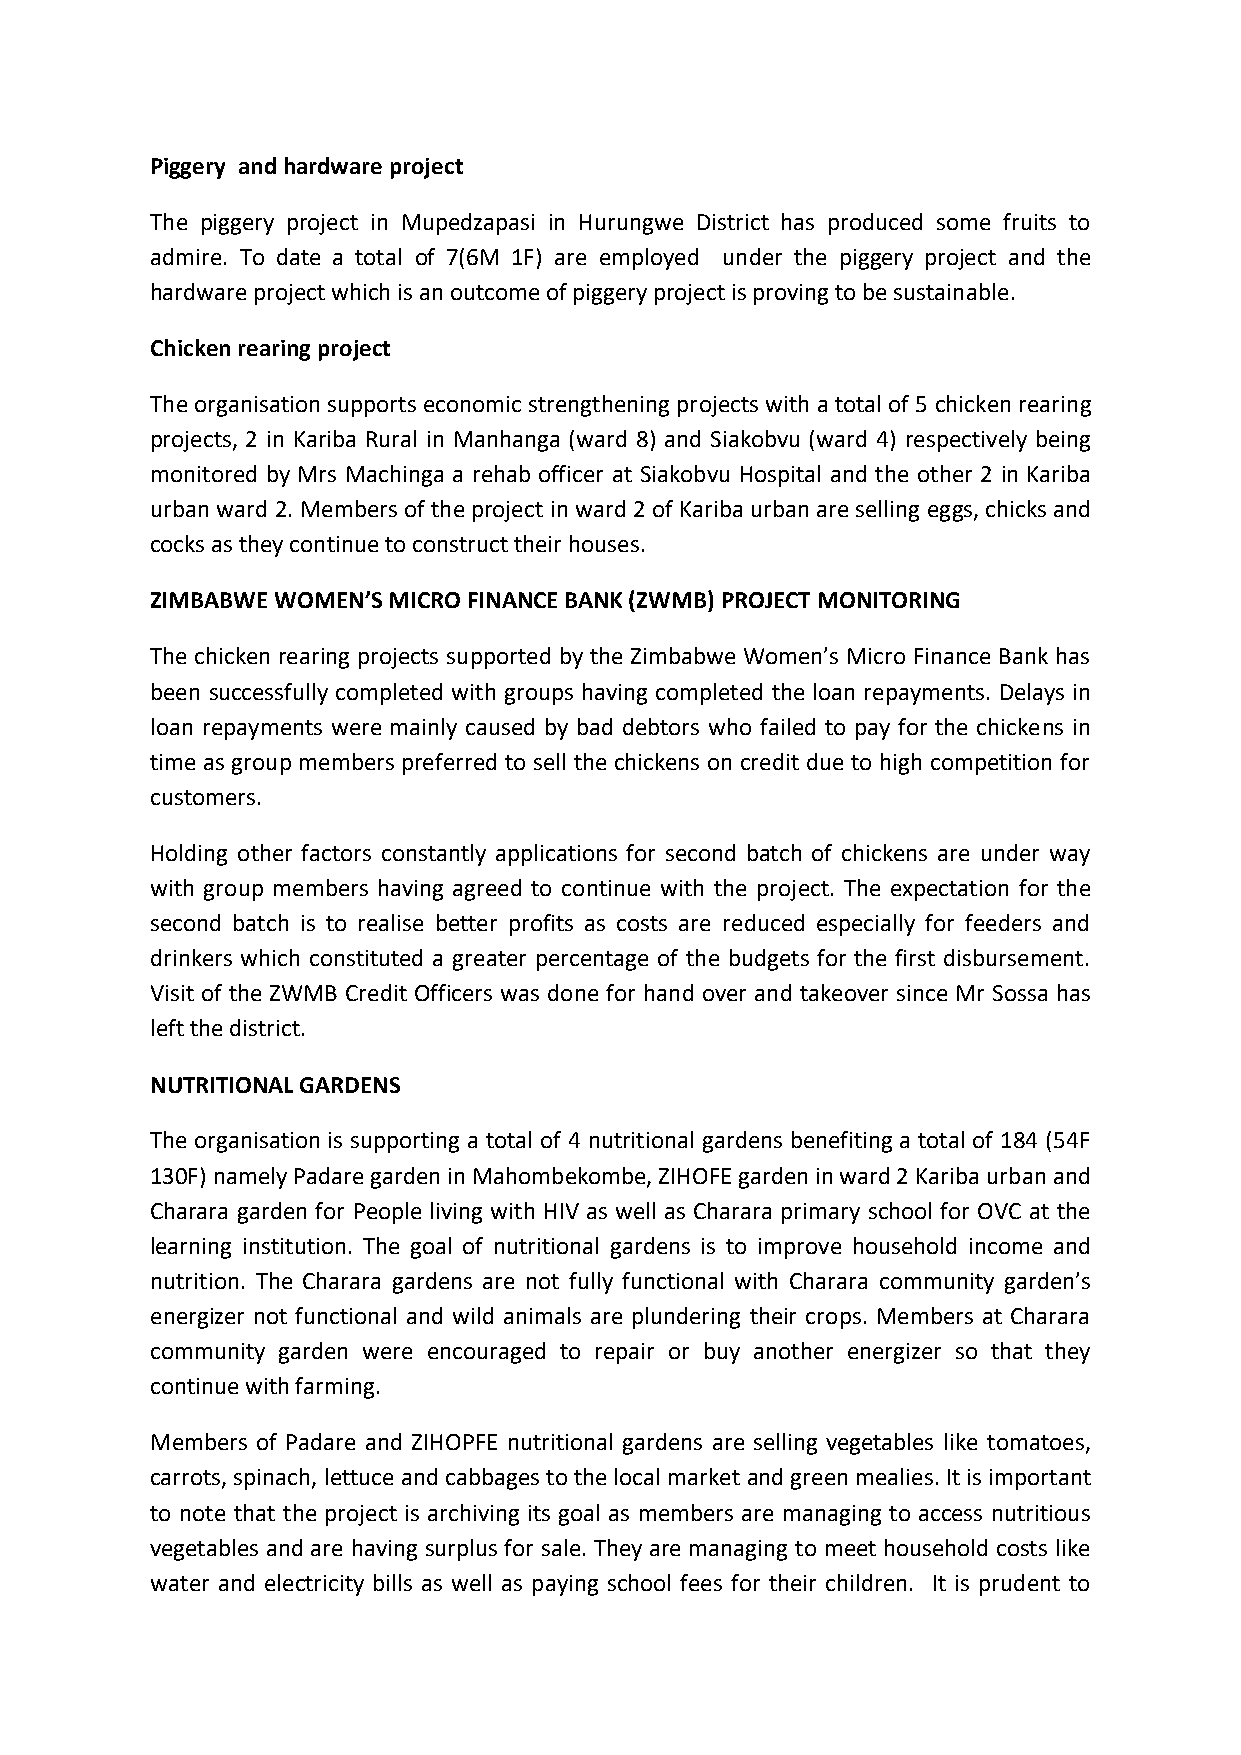
Piggery and hardware project
 The piggery project in Mupedzapasi in Hurungwe District has produced some fruits to
 admire. To date a total of 7(6M 1F) are employed under the piggery project and the
 hardware project which is an outcome of piggery project is proving to be sustainable.
 Chicken rearing project
 The organisation supports economic strengthening projects with a total of 5 chicken rearing
 projects, 2 in Kariba Rural in Manhanga (ward 8) and Siakobvu (ward 4) respectively being
 monitored by Mrs Machinga a rehab officer at Siakobvu Hospital and the other 2 in Kariba
 urban ward 2. Members of the project in ward 2 of Kariba urban are selling eggs, chicks and
 cocks as they continue to construct their houses.
 ZIMBABWE WOMEN’S MICRO FINANCE BANK (ZWMB) PROJECT MONITORING
 The chicken rearing projects supported by the Zimbabwe Women’s Micro Finance Bank has
 been successfully completed with groups having completed the loan repayments. Delays in
 loan repayments were mainly caused by bad debtors who failed to pay for the chickens in
 time as group members preferred to sell the chickens on credit due to high competition for
 customers.
 Holding other factors constantly applications for second batch of chickens are under way
 with group members having agreed to continue with the project. The expectation for the
 second batch is to realise better profits as costs are reduced especially for feeders and
 drinkers which constituted a greater percentage of the budgets for the first disbursement.
 Visit of the ZWMB Credit Officers was done for hand over and takeover since Mr Sossa has
 left the district.
 NUTRITIONAL GARDENS
 The organisation is supporting a total of 4 nutritional gardens benefiting a total of 184 (54F
 130F) namely Padare garden in Mahombekombe, ZIHOFE garden in ward 2 Kariba urban and
 Charara garden for People living with HIV as well as Charara primary school for OVC at the
 learning institution. The goal of nutritional gardens is to improve household income and
 nutrition. The Charara gardens are not fully functional with Charara community garden’s
 energizer not functional and wild animals are plundering their crops. Members at Charara
 community garden were encouraged to repair or buy another energizer so that they
 continue with farming.
 Members of Padare and ZIHOPFE nutritional gardens are selling vegetables like tomatoes,
 carrots, spinach, lettuce and cabbages to the local market and green mealies. It is important
 to note that the project is archiving its goal as members are managing to access nutritious
 vegetables and are having surplus for sale. They are managing to meet household costs like
 water and electricity bills as well as paying school fees for their children. It is prudent to